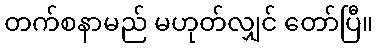
တက်စနာမည် မဟုတ်လျှင် တော်ပြီ။